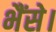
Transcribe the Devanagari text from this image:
भैंसे।